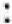
: